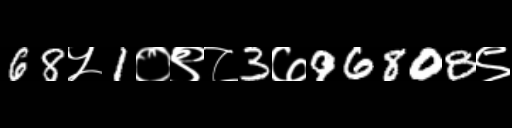
Text: 68५1०९८3७96808९